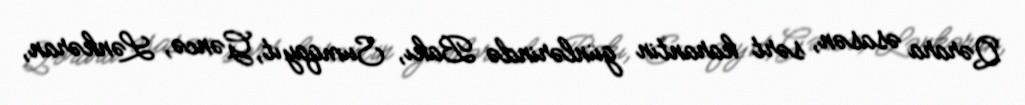
Qərara əsasən, sərt karantin günlərində Bakı, Sumqayıt, Gəncə, Lənkəran,